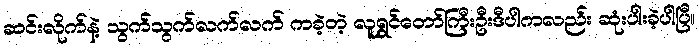
ဆင်းလိုက်နဲ့ သွက်သွက်လက်လက် ကခဲ့တဲ့ လူရွှင်တော်ကြီးဦးဒီပါကလည်း ဆုံးပါးခဲ့ပါပြီ။